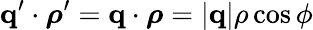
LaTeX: \mathbf{q}^{\prime}\cdot\boldsymbol{\rho}^{\prime}=\mathbf{q}\cdot\boldsymbol{\rho}=|\mathbf{q}|\rho\cos\phi